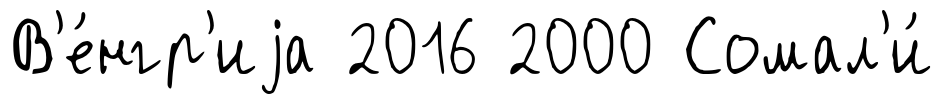
В'е́нгр'иjа 2016 2000 Сомал'и́